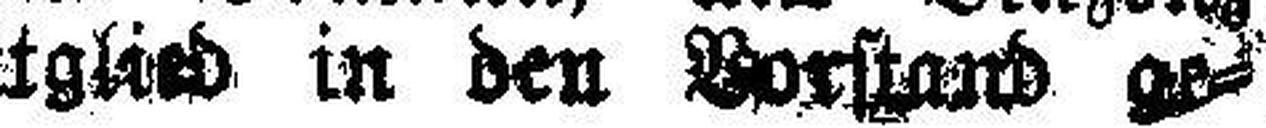
Knoflach als Vorstandsmitglied in den Vorstand ge¬